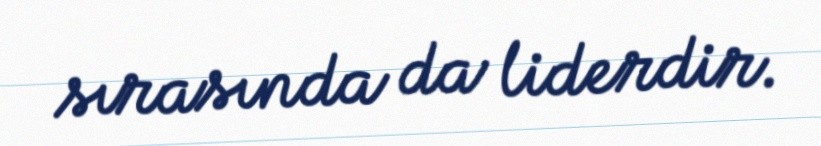
sırasında da liderdir.